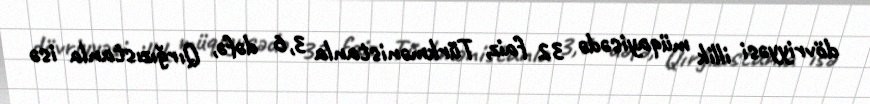
dövriyyəsi illik müqayisədə 32 faiz, Türkmənistanla 3,6 dəfə, Qırğızıstanla isə